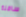
سافلة